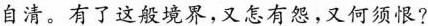
自清。有了这般境界，又怎有怨，又何须恨？